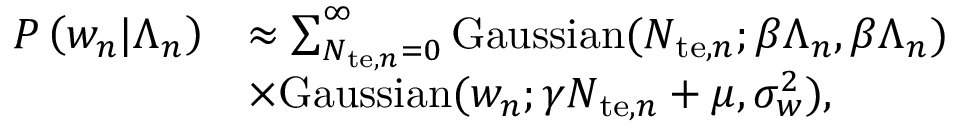
\begin{array} { r l } { P \left( w _ { n } | \Lambda _ { n } \right) } & { \approx \sum _ { N _ { \mathrm { t e } , n } = 0 } ^ { \infty } \mathrm { G a u s s i a n } ( N _ { \mathrm { t e } , n } ; \beta \Lambda _ { n } , \beta \Lambda _ { n } ) } \\ & { \times \mathrm { G a u s s i a n } ( w _ { n } ; \gamma N _ { \mathrm { t e } , n } + \mu , \sigma _ { w } ^ { 2 } ) , } \end{array}